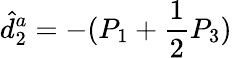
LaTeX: \hat{d}_{2}^{a}=-(P_{1}+\frac{1}{2}P_{3})